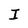
Character: I